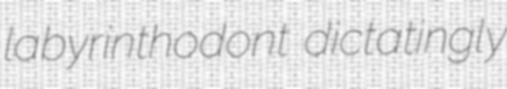
labyrinthodont dictatingly